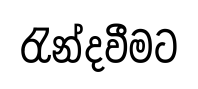
රැන්දවීමට